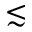
\lesssim